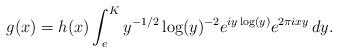
LaTeX: \begin{align*}g(x)=h(x)\int_e^Ky^{-1/2}\log(y)^{-2}e^{iy\log(y)}e^{2\pi ixy}\,dy.\end{align*}